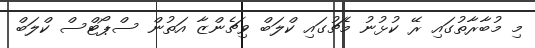
މި މުބާރާތުގައި ރޭ ކުޅުނު މެޗުގައި ކްލަބް ވިޗެންޒާ އަތުން ސްޕޯޓްސް ކްލަބް